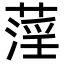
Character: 𦹻